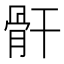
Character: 骭